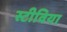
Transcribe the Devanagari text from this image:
स्टीविया